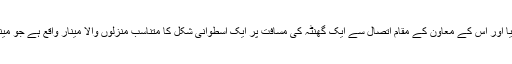
یہاں سے اصل دریا اور اُس کے معاون کے مقامِ اِتصال سے ایک گھنٹہ کی مسافت پر ایک اسطوانی شکل کا متناسب منزلوں والا مینار واقع ہے جو مینار جام کہلاتا ہے۔